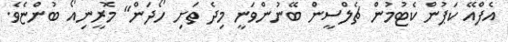
އެފްއޭ ކަޕުން ކެޓުމުން ޗެލްސީން ބޭނުންވަނީ މިދެ ތަށި ހޯދަން" މޮރީނިއޯ ބުންޏެވެ.